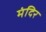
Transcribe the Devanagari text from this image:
मंदिर